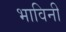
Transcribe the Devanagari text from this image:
भाविनी